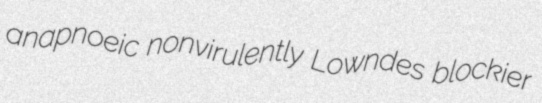
anapnoeic nonvirulently Lowndes blockier